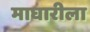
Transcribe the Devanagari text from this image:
माघारीला